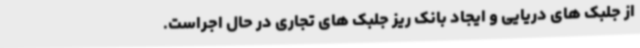
از جلبک های دریایی و ایجاد بانک ریز جلبک های تجاری در حال اجراست.